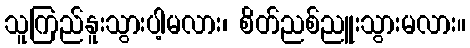
သူကြည်နူးသွားပါ့မလား၊ စိတ်ညစ်ညူးသွားမလား။